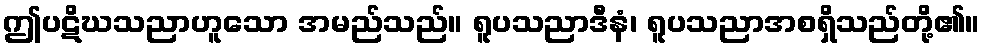
ဤပဋိဃသညာဟူသော အမည်သည်။ ရူပသညာဒီနံ၊ ရူပသညာအစရှိသည်တို့၏။